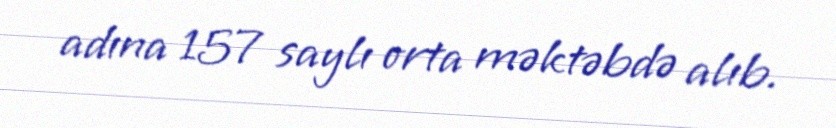
adına 157 saylı orta məktəbdə alıb.